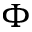
\Phi